Code of medical and sanitary regulations for the guidance of medical officers serving in the Madras Presidency - Volume I
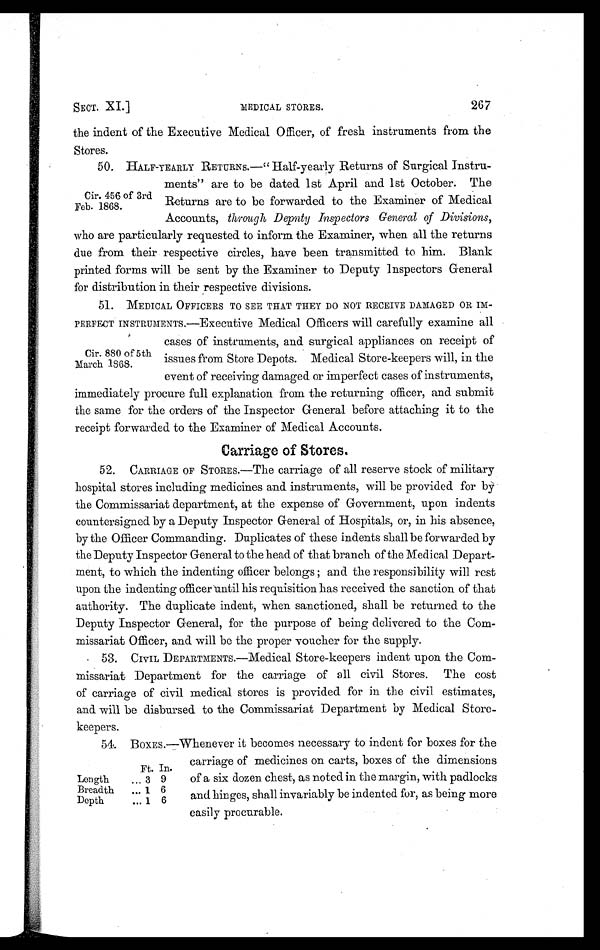
SECT. XI.] MEDICAL STORES. 267
the indent of the Executive Medical Officer, of fresh instruments from the
Stores.
50. HALF-YEARLY RETURNS.—" Half-yearly Returns of Surgical Instru-
ments" are to be dated 1st April and 1st October. The
Returns are to be forwarded to the Examiner of Medical
Accounts, through Deputy Inspectors General of Divisions,
who are particularly requested to inform the Examiner, when all the returns
due from their respective circles, have been transmitted to him. Blank
printed forms will be sent by the Examiner to Deputy Inspectors General
for distribution in their respective divisions.
51. MEDICAL OFFICERS TO SEE THAT THEY DO NOT RECEIVE DAMAGED OR IM-
PERFECT INSTRUMENTS.—Executive Medical Officers will carefully examine all
cases of instruments, and surgical appliances on receipt of
issues from Store Depots. Medical Store-keepers will, in the
event of receiving damaged or imperfect cases of instruments,
immediately procure full explanation from the returning officer, and submit
the same for the orders of the Inspector General before attaching it to the
receipt forwarded to the Examiner of Medical Accounts.
Carriage of Stores.
52. CARRIAGE OF STORES.—The carriage of all reserve stock of military
hospital stores including medicines and instruments, will be provided for by
the Commissariat department, at the expense of Government, upon indents
countersigned by a Deputy Inspector General of Hospitals, or, in his absence,
by the Officer Commanding. Duplicates of these indents shall be forwarded by
the Deputy Inspector General to the head of that branch of the Medical Depart-
ment, to which the indenting officer belongs ; and the responsibility will rest
upon the indenting officer until his requisition has received the sanction of that
authority. The duplicate indent, when sanctioned, shall be returned to the
Deputy Inspector General, for the purpose of being delivered to the Com-
missariat Officer, and will be the proper voucher for the supply.
53. CIVIL DEPARTMENTS.—Medical Store-keepers indent upon the Com-
missariat Department for the carriage of all civil Stores. The cost
of carriage of civil medical stores is provided for in the civil estimates,
and will be disbursed to the Commissariat Department by Medical Store-
keepers.
54. BOXES.—Whenever it becomes necessary to indent for boxes for the
carriage of medicines on carts, boxes of the dimensions
of a six dozen chest, as noted in the margin, with padlocks
and hinges, shall invariably be indented for, as being more
easily procurable.
Cir. 456 of 3rd
Feb. 1868.
Cir. 880 of 5th
March 1868.
Ft. In.
Length ...
3 9
Breadth ...
1 6
Depth ... 1 6